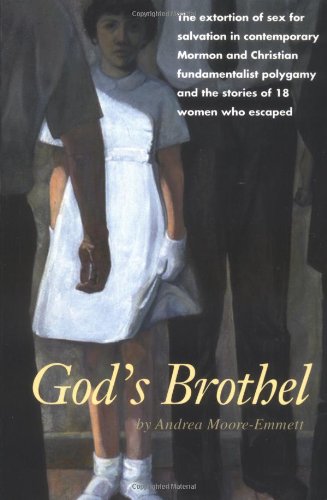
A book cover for God's Brothel: The Extortion of Sex for Salvation in Contemporary Mormon and Christian Fundamentalist Polygamy and the Stories of 18 Women Who Escaped; Andrea Moore-Emmett; Christian Books & Bibles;